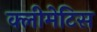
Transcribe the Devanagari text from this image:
क्लीमेटिस